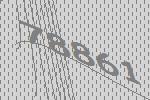
78861